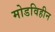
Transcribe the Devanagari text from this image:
मोडविहीन